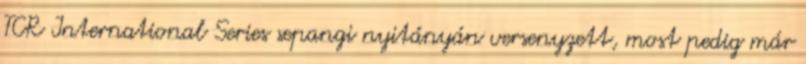
TCR International Series sepangi nyitányán versenyzett, most pedig már